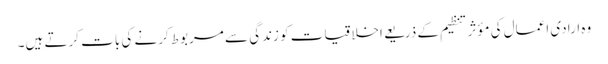
وہ ارادی اعمال کی مؤثر تنظیم کے ذریعے اخلاقیات کو زندگی سے مربوط کرنے کی بات کرتے ہیں۔